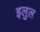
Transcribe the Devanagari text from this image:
इलुल